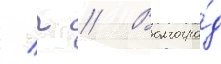
/ г // Волгогра́д